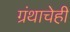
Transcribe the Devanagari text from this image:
ग्रंथाचेही